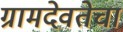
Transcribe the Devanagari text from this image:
ग्रामदेवतेचा